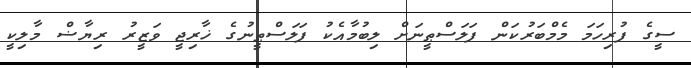
ސީގެ ފުރިހަމަ މެމްބަރުކަން ފަލަސްޠީނަށް ލިބުމާއެކު ފަލަސްޠީނުގެ ޚާރިޖީ ވަޒީރު ރިޔާޟް މާލިކީ